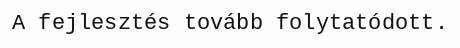
A fejlesztés tovább folytatódott.